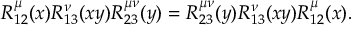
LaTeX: R _ { 1 2 } ^ { \l \mu } ( x ) R _ { 1 3 } ^ { \l \nu } ( x y ) R _ { 2 3 } ^ { \mu \nu } ( y ) = R _ { 2 3 } ^ { \mu \nu } ( y ) R _ { 1 3 } ^ { \l \nu } ( x y ) R _ { 1 2 } ^ { \l \mu } ( x ) .